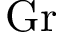
\mathrm { G r }